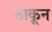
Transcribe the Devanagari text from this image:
ठाकून